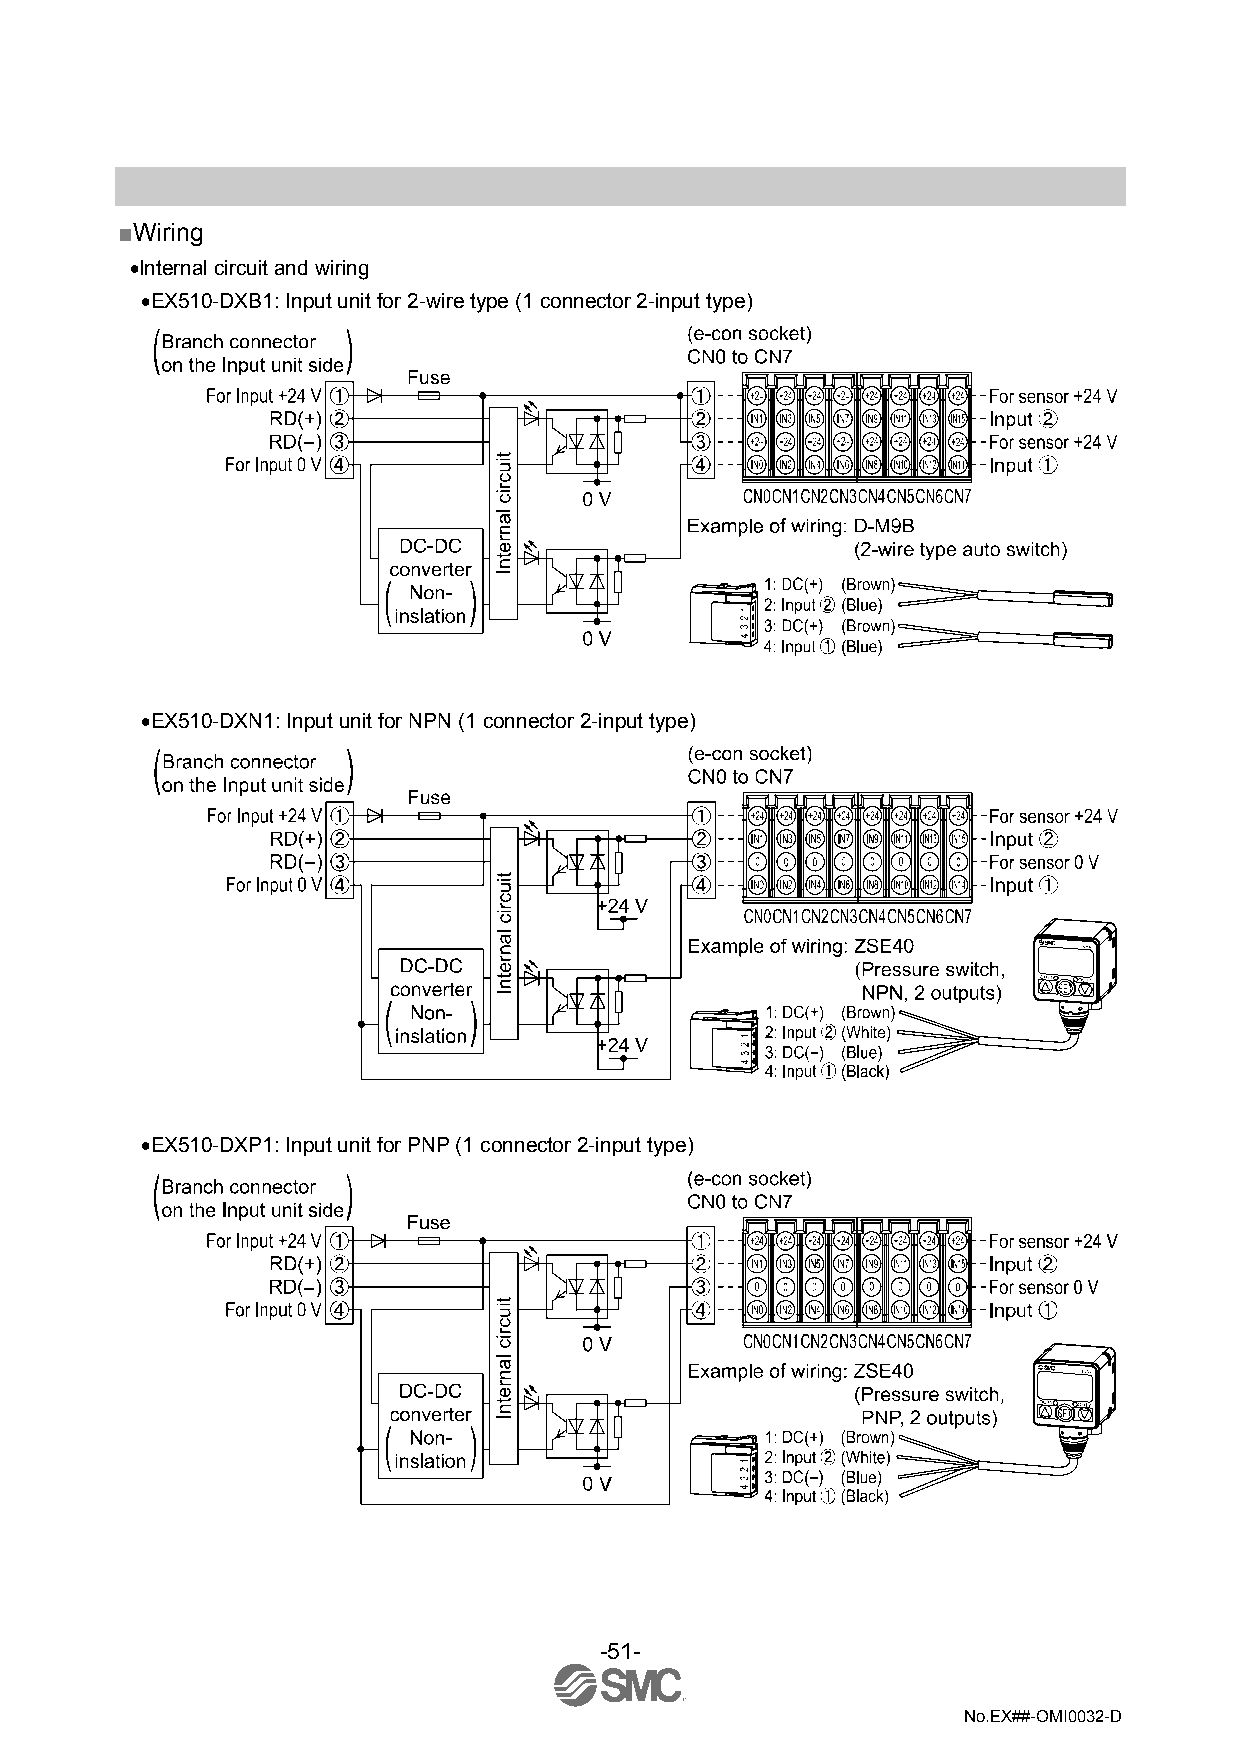
■Wiring
 •Internal circuit and wiring
 •EX510-DXB1: Input unit for 2-wire type (1 connector 2-input type)
 •EX510-DXN1: Input unit for NPN (1 connector 2-input type)
 •EX510-DXP1: Input unit for PNP (1 connector 2-input type)
 -51-
 No.EX##-OMI0032-D